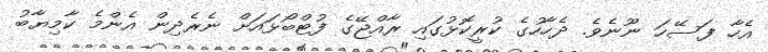
އެހާ ފަސޭހަ ނޫނެވެ. ދެހާހުގެ ކުރީކޮޅުގައި ރާއްޖޭގެ ފުޓްބޯޅައަށް ނެރެދިން އެންމެ ކާމިޔާބު